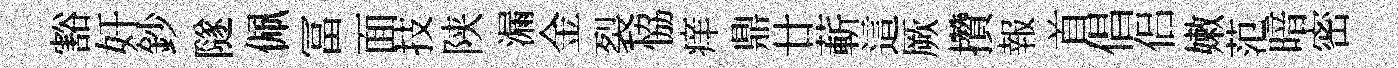
豁奸鈔隧佩冨面技陕漏金裂恊痒鼎廿蔪這厥攢報首倡侣嫩范暗密